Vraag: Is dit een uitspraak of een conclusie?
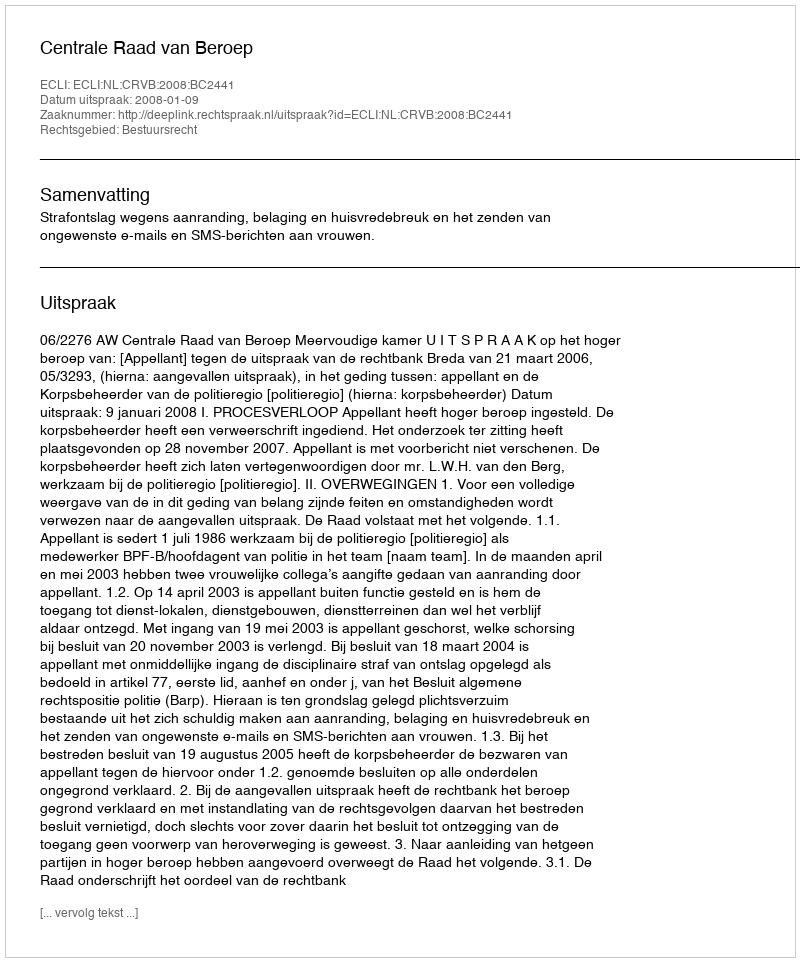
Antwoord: Uitspraak